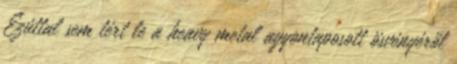
Ezúttal sem tért le a heavy metal agyontaposott ösvényéről